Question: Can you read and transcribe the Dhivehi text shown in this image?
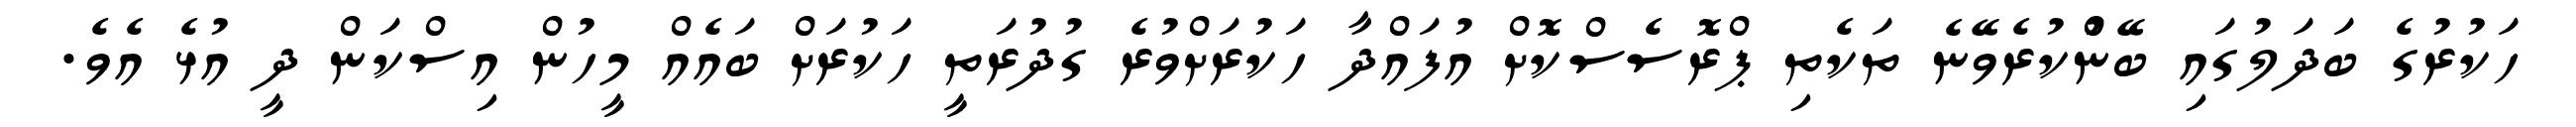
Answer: ހަކުރުގެ ބަދަލުގައި ބޭނުްކުރެވޭނެ ތަކެތި ޕްރޮސެސްކޮށް އުފައްދާ ހަކުރަށްވުރެ ގުދުރަތީ ހަކުރަށް ބައެއް މީހުން އިސްކަން ދީ އުޅެ އެވެ.